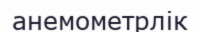
анемометрлік